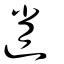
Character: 逍